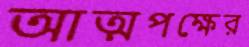
আত্মপক্ষের